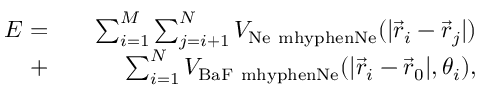
\begin{array} { r l r } { E = } & { { } } & { \sum _ { i = 1 } ^ { M } \sum _ { j = i + 1 } ^ { N } V _ { \mathrm { N e \ m h y p h e n N e } } ( | \Vec { r } _ { i } - \Vec { r } _ { j } | ) } \\ { + } & { { } } & { \sum _ { i = 1 } ^ { N } V _ { \mathrm { B a F \ m h y p h e n N e } } ( | \Vec { r } _ { i } - \Vec { r } _ { 0 } | , \theta _ { i } ) , } \end{array}